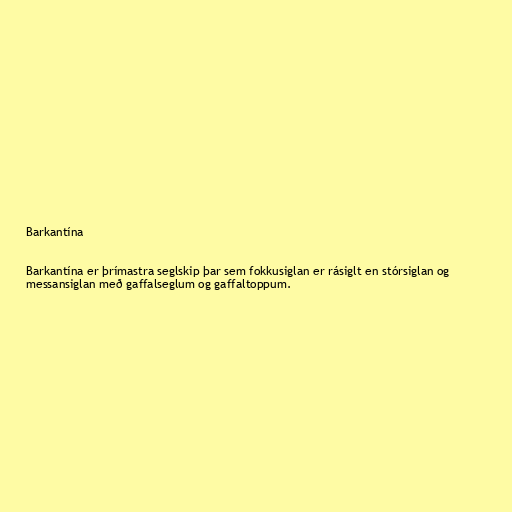
Barkantína

Barkantína er þrímastra seglskip þar sem fokkusiglan er rásiglt en stórsiglan og
messansiglan með gaffalseglum og gaffaltoppum.